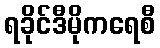
ရခိုင်ဒီမိုကရေစီ